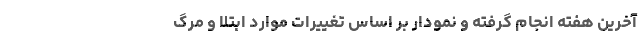
آخرین هفته انجام گرفته و نمودار بر اساس تغییرات موارد ابتلا و مرگ